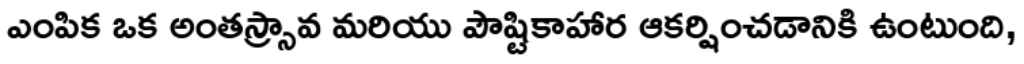
ఎంపిక ఒక అంతస్స్రావ మరియు పౌష్టికాహార ఆకర్షించడానికి ఉంటుంది,